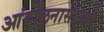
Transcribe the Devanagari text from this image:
आंदोलनासारखी